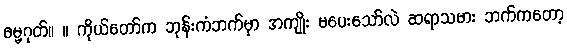
ဓမ္မဂုတ်။ ။ ကိုယ်တော်က ဘုန်းကံဘက်မှာ အကျိုး မပေးသော်လဲ ဆရာသမား ဘက်ကတော့